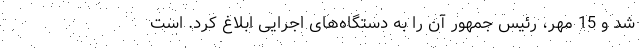
شد و 15 مهر، رئیس جمهور آن را به دستگاه‌های اجرایی ابلاغ کرد. است